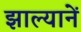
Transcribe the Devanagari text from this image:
झाल्यानें